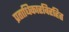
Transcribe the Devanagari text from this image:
प्रताधिकारविरहित